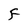
Character: F